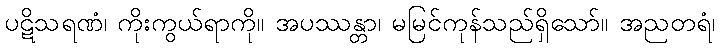
ပဋိသရဏံ၊ ကိုးကွယ်ရာကို။ အပဿန္တာ၊ မမြင်ကုန်သည်ရှိသော်။ အညတရံ၊